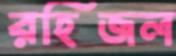
রহিজল